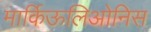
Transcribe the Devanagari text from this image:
मार्किऊलिओनिस